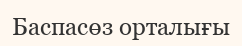
Баспасөз орталығы